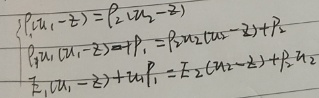
\[\begin{cases}
p_{1}(u_{1}, -z)=p_{2}(u_{2}, -z)\\
\rho_{1} u_{1}(u_{1}, -z)+p_{1} =\rho_{2} u_{2}(u_{2}, -z)+p_{2}\\
E_{1}(u_{1}, -z)+u_{1}p_{1}=E_{2}(u_{2}, -z)+u_{2}p_{2}
\end{cases}\]